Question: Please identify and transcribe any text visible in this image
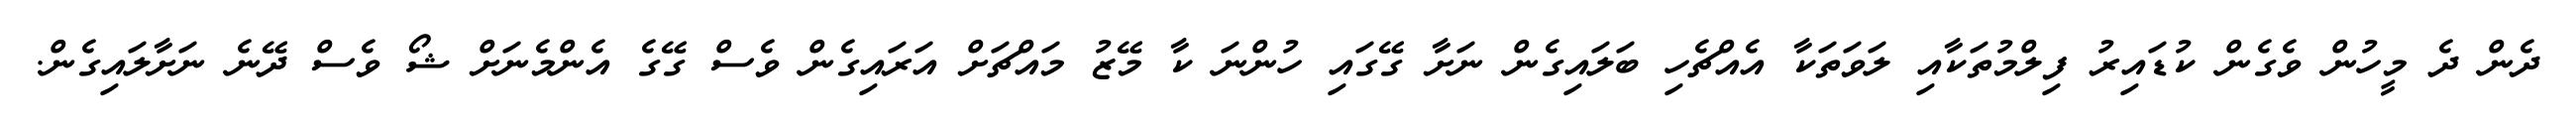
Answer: ދެން ދެ މީހުން ވެގެން ކުޑައިރު ފިލްމުތަކާއި ލަވަތަކާ އެއްޗެހި ބަލައިގެން ނަށާ ގޭގައި ހުންނަ ކާ މޭޒު މައްޗަށް އަރައިގެން ވެސް ގޭގެ އެންމެނަށް ޝޯ ވެސް ދޭނެ ނަށާލައިގެން.